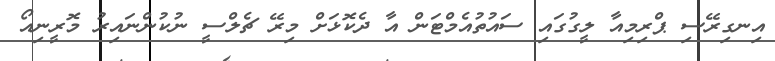
އިނގިރޭސި ޕްރިމިއާ ލީގުގައި ސައުތުއެމްޓަން އާ ދެކޮޅަށް މިރޭ ޗެލްސީ ނުކުންނައިރު މޮރީނިއޯ